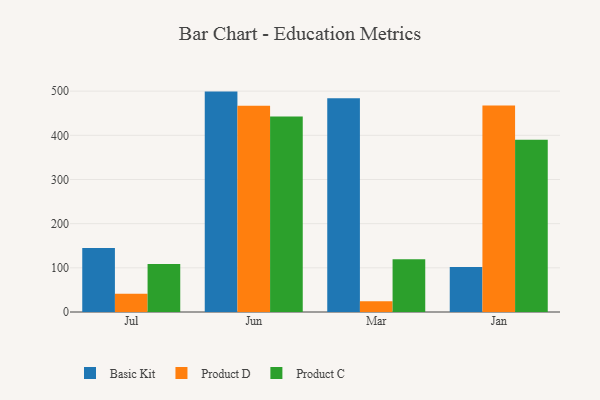
{"axis": {"x": "Month", "y": "Page Views"}, "legend": ["Basic Kit", "Product C", "Product D"], "data": [{"x": "Jul", "y": 144.9, "type": "Basic Kit"}, {"x": "Jul", "y": 41.6, "type": "Product D"}, {"x": "Jul", "y": 108.9, "type": "Product C"}, {"x": "Jun", "y": 499.0, "type": "Basic Kit"}, {"x": "Jun", "y": 466.9, "type": "Product D"}, {"x": "Jun", "y": 442.6, "type": "Product C"}, {"x": "Mar", "y": 484.1, "type": "Basic Kit"}, {"x": "Mar", "y": 24.2, "type": "Product D"}, {"x": "Mar", "y": 119.2, "type": "Product C"}, {"x": "Jan", "y": 102.0, "type": "Basic Kit"}, {"x": "Jan", "y": 467.8, "type": "Product D"}, {"x": "Jan", "y": 389.8, "type": "Product C"}]}